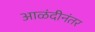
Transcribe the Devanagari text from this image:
आळंदीनंतर